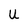
Character: U